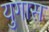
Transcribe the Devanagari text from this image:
युगास